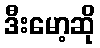
ဒီးမော့ဆို